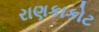
રાણકાકોટ